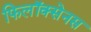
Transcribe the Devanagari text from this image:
फिलॉक्सेनस